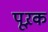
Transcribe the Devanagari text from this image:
पूऱक